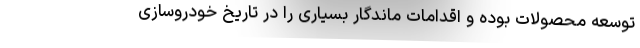
توسعه محصولات بوده و اقدامات ماندگار بسیاری را در تاریخ خودروسازی